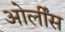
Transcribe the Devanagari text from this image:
ओर्लींस